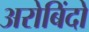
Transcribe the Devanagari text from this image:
अरोबिंदो